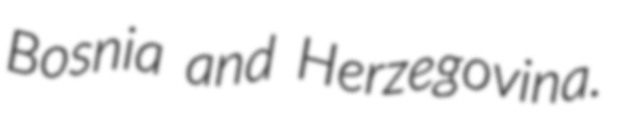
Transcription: Bosnia and Herzegovina.